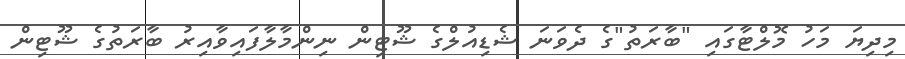
މިދިޔަ މަހު މޮލްޓާގައި "ބާރަތު"ގެ ދެވަނަ ޝެޑިއުލްގެ ޝޫޓިން ނިންމާލާފައިވާއިރު ބާރަތުގެ ޝޫޓިން